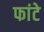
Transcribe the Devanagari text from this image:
फांटे